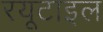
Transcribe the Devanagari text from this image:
रयूटाइल